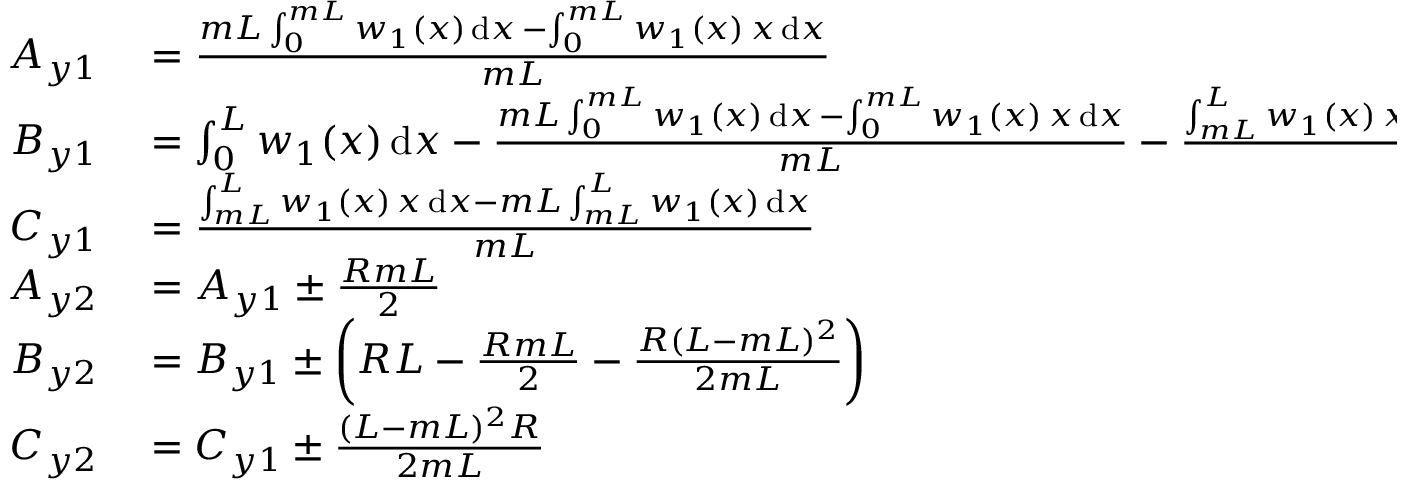
\begin{array} { r l } { A _ { y 1 } } & { { } = \frac { m L \int _ { 0 } ^ { m L } w _ { 1 } ( x ) \, \mathrm { d } x \, - \int _ { 0 } ^ { m L } w _ { 1 } ( x ) \, x \, \mathrm { d } x } { m L } } \\ { B _ { y 1 } } & { { } = \int _ { 0 } ^ { L } w _ { 1 } ( x ) \, \mathrm { d } x - \frac { m L \int _ { 0 } ^ { m L } w _ { 1 } ( x ) \, \mathrm { d } x \, - \int _ { 0 } ^ { m L } w _ { 1 } ( x ) \, x \, \mathrm { d } x } { m L } - \frac { \int _ { m L } ^ { L } w _ { 1 } ( x ) \, x \, \mathrm { d } x - m L \int _ { m L } ^ { L } w _ { 1 } ( x ) \, \mathrm { d } x } { m L } } \\ { C _ { y 1 } } & { { } = \frac { \int _ { m L } ^ { L } w _ { 1 } ( x ) \, x \, \mathrm { d } x - m L \int _ { m L } ^ { L } w _ { 1 } ( x ) \, \mathrm { d } x } { m L } } \\ { A _ { y 2 } } & { { } = A _ { y 1 } \pm \frac { R m L } { 2 } } \\ { B _ { y 2 } } & { { } = B _ { y 1 } \pm \bigg ( R L - \frac { R m L } { 2 } - \frac { R ( L - m L ) ^ { 2 } } { 2 m L } \bigg ) } \\ { C _ { y 2 } } & { { } = C _ { y 1 } \pm \frac { ( L - m L ) ^ { 2 } R } { 2 m L } } \end{array}